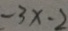
- 3 x - 2